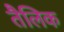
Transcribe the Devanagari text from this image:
तैलिक